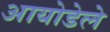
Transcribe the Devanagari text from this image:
आयोडेले